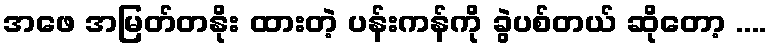
အဖေ အမြတ်တနိုး ထားတဲ့ ပန်းကန်ကို ခွဲပစ်တယ် ဆိုတော့ ....